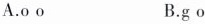
A.o o B.g o